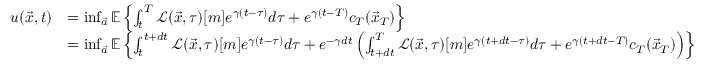
\begin{array} { r l } { u ( \vec { x } , t ) } & { = \operatorname* { i n f } _ { \vec { a } } \mathbb { E } \left\{ \int _ { t } ^ { T } \mathcal { L } ( \vec { x } , \tau ) [ m ] e ^ { \gamma ( t - \tau ) } d \tau + e ^ { \gamma ( t - T ) } c _ { T } ( \vec { x } _ { T } ) \right\} } \\ & { = \operatorname* { i n f } _ { \vec { a } } \mathbb { E } \left\{ \int _ { t } ^ { t + d t } \mathcal { L } ( \vec { x } , \tau ) [ m ] e ^ { \gamma ( t - \tau ) } d \tau + e ^ { - \gamma d t } \left( \int _ { t + d t } ^ { T } \mathcal { L } ( \vec { x } , \tau ) [ m ] e ^ { \gamma ( t + d t - \tau ) } d \tau + e ^ { \gamma ( t + d t - T ) } c _ { T } ( \vec { x } _ { T } ) \right) \right\} } \end{array}